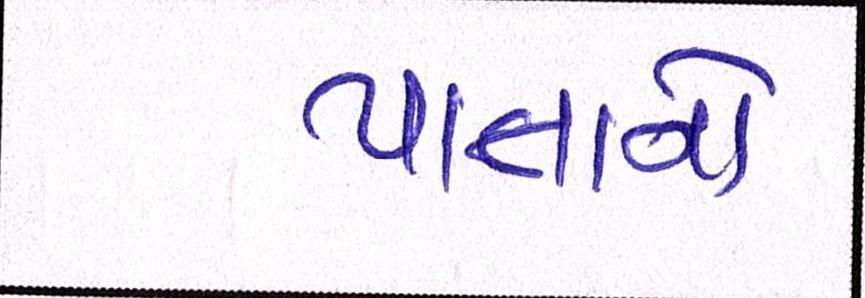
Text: પાતાનો